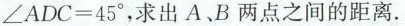
$$\angleADC = 45^{\circ}$$ ，求出A、B两点之间的距离。